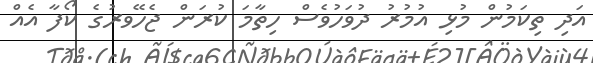
އަދި ތިކަމުން މުޅި އުމުރު ދުވަހުވެސް ހިތާމަ ކުރަން ޖެހޭވރުގެ ކޯފާ އެއް